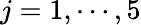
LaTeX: j=1,\cdots,5